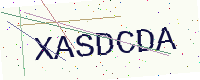
Text: XASDCDA